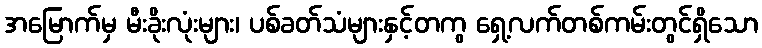
အမြောက်မှ မီးခိုးလုံးများ၊ ပစ်ခတ်သံများနှင့်တကွ ရှေ့လက်တစ်ကမ်းတွင်ရှိသော